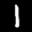
Label: 1